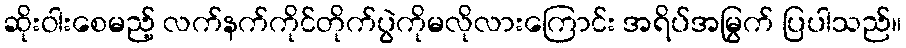
ဆိုးဝါးစေမည့် လက်နက်ကိုင်တိုက်ပွဲကိုမလိုလားကြောင်း အရိပ်အမြွက် ပြပါသည်။